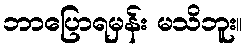
ဘာပြောရမှန်း မသိဘူး။